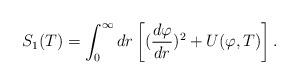
LaTeX: \begin{align*}S_1(T) = \int_0^\infty dr \left[ ({d\varphi \over dr})^2 + U(\varphi,T) \right].\end{align*}